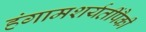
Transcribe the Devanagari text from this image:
हंगामशर्यतींपैकी